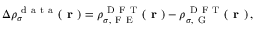
\Delta \rho _ { \sigma } ^ { \mathrm { ~ d ~ a ~ t ~ a ~ } } ( \boldsymbol { \textbf { r } } ) = \rho _ { \sigma , \mathrm { ~ F ~ E ~ } } ^ { \mathrm { ~ D ~ F ~ T ~ } } ( \boldsymbol { \textbf { r } } ) - \rho _ { \sigma , \mathrm { ~ G ~ } } ^ { \mathrm { ~ D ~ F ~ T ~ } } ( \boldsymbol { \textbf { r } } ) \, ,